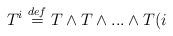
LaTeX: \begin{align*}T^{i}\overset{def}{=}T\wedge T\wedge ...\wedge T(i\end{align*}